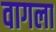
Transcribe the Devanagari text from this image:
वागला